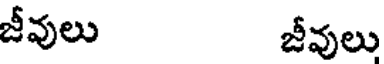
జీవులు జీవులు